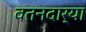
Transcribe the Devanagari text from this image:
वतनदार्‍या